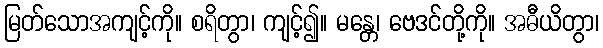
မြတ်သောအကျင့်ကို။ စရိတွာ၊ ကျင့်၍။ မန္တေ၊ ဗေဒင်တို့ကို။ အဓီယိတွာ၊